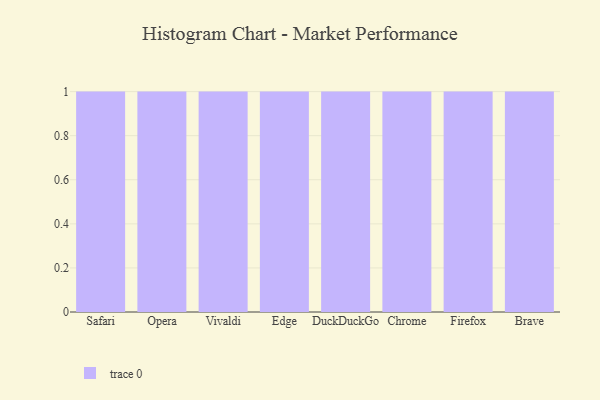
{"axis": {"x": "Browser", "y": "Customer Acquisition Cost (USD)"}, "legend": [""], "data": [{"x": "Safari", "y": 51, "type": ""}, {"x": "Opera", "y": 16, "type": ""}, {"x": "Vivaldi", "y": 81, "type": ""}, {"x": "Edge", "y": 100, "type": ""}, {"x": "DuckDuckGo", "y": 72, "type": ""}, {"x": "Chrome", "y": 23, "type": ""}, {"x": "Firefox", "y": 33, "type": ""}, {"x": "Brave", "y": 6, "type": ""}]}